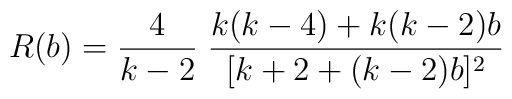
R(b)=\frac{4}{k-2}\;\frac{k(k-4)+k(k-2)b}{[k+2+(k-2)b]^2}